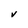
Character: V